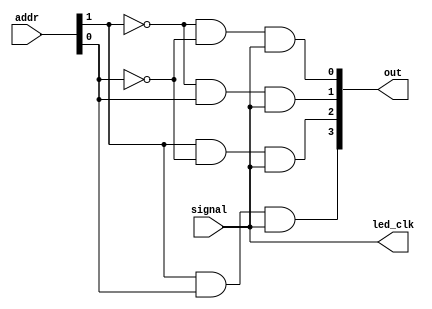
module demux2to4 (
  input wire signal,
  input wire [1:0]addr,
  output wire [3:0]out,
  output wire led_clk 
   );

assign out[0] = ~addr[1] & ~addr[0]  & signal;
assign out[1] =  ~addr[1] & addr[0]  & signal;
assign out[2] =  addr[1] & ~addr[0]  & signal;
assign out[3] =  addr[1] & addr[0]  & signal; 

assign led_clk = signal; 
endmodule